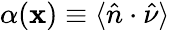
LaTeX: \alpha(\mathbf{x})\equiv\langle\hat{{n}}\cdot\hat{{\nu}}\rangle